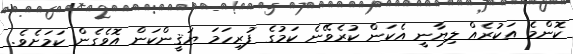
ކޮންމެ އަކުރެއް ލިޔާނީ އެކަން ކުރެވޭނެ ކަމުގެ ފުރިހަމަ ޔަޤީންކަން އޮވެގެން ކަމަށެވެ.